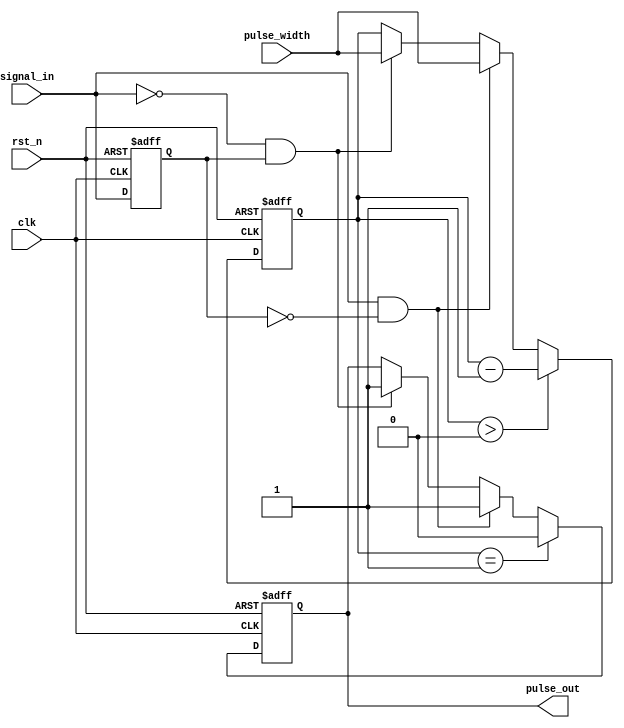
module MonostableEdgeDetector (
    input wire clk,               // Clock signal
    input wire rst_n,             // Active-low Reset
    input wire signal_in,         // Input signal to be monitored
    input wire [7:0] pulse_width, // Pulse width in clock cycles
    output reg pulse_out          // Output pulse signal
);

    reg signal_in_d;              // Delayed version of input signal
    reg [7:0] pulse_counter;      // Counter for pulse width

    // Edge Detection Logic
    always @(posedge clk or negedge rst_n) begin
        if (!rst_n) begin
            signal_in_d <= 1'b0;
            pulse_out <= 1'b0;
            pulse_counter <= 8'd0;
        end else begin
            // Store the previous state of the input signal
            signal_in_d <= signal_in;

            // Rising Edge Detection
            if (signal_in && !signal_in_d) begin
                pulse_out <= 1'b1;       // Start pulse
                pulse_counter <= pulse_width; // Load pulse width
            end else if (!signal_in && signal_in_d) begin
                pulse_out <= 1'b1;       // Start pulse
                pulse_counter <= pulse_width; // Load pulse width
            end

            // Pulse Generation Logic
            if (pulse_counter > 0) begin
                pulse_counter <= pulse_counter - 1; // Count down
            end

            // Reset pulse output after pulse duration
            if (pulse_counter == 1) begin
                pulse_out <= 1'b0; // Stop pulse
            end
        end
    end

endmodule